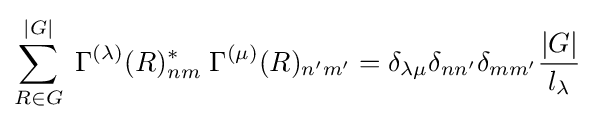
\sum _{R\in G}^{|G|}\;\Gamma ^{(\lambda )}(R)_{nm}^{*}\;\Gamma ^{(\mu )}(R)_{n'm'}=\delta _{\lambda \mu }\delta _{nn'}\delta _{mm'}{\frac {|G|}{l_{\lambda }}}